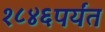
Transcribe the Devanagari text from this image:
१८४६पर्यंत